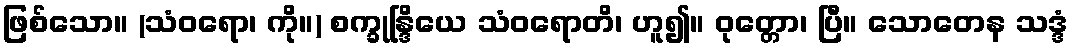
ဖြစ်သော။ (သံဝရော၊ ကို။) စက္ခုန္ဒြိယေ သံဝရောတိ၊ ဟူ၍။ ဝုတ္တော၊ ပြီ။ သောတေန သဒ္ဒံ